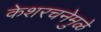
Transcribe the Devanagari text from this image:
केशरचनेमुळे